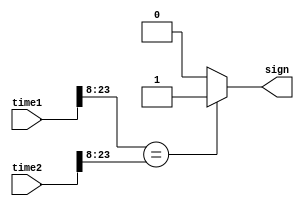
module alarm_s(time1,time2,sign);
	input[23:0] time1,time2;
	output reg sign;
	always @(*)
	if(time1[23:8]==time2[23:8])
		sign = 1;
	else sign = 0;
endmodule